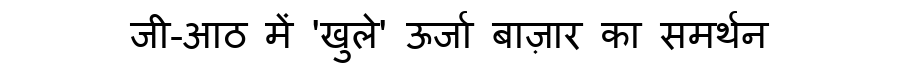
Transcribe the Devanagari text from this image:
जी-आठ में 'खुले' ऊर्जा बाज़ार का समर्थन